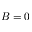
B = 0